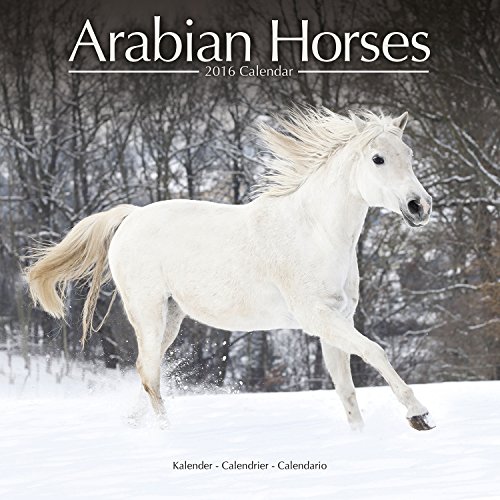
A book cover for Arabian Horses Calendar - 2016 Wall calendars - Only Arabian Horses - Animal Calendar - Monthly Wall Calendar by Avonside; MegaCalendars; Calendars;